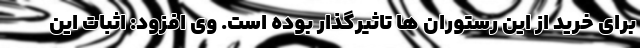
برای خرید از این رستوران ها تاثیرگذار بوده است. وی افزود: اثبات این